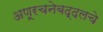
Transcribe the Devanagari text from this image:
अणूरचनेबद्दलचे